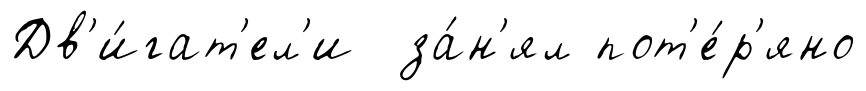
Дв'и́гат'ел'и за́н'ял пот'е́р'яно